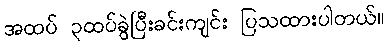
အထပ် ၃ထပ်ခွဲပြီးခင်းကျင်း ပြသထားပါတယ်။